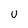
Character: U